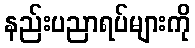
နည်းပညာရပ်များကို